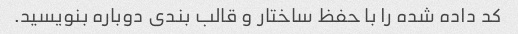
کد داده شده را با حفظ ساختار و قالب بندی دوباره بنویسید.